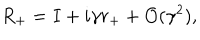
LaTeX: R _ { + } = I + i \gamma r _ { + } + { \cal O } ( \gamma ^ { 2 } ) ,